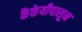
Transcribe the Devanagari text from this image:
कैकेयीपासून